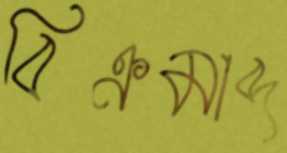
বিক্রমাব্দ